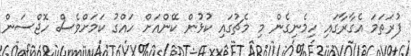
ފުރަތަމަ އެގާރާގައި ހިމެނިގެން މި މެޗުގައި ކުޅުން ކޭންއަށް ހައްގު ކަމަށްވެސް ހޮޖްސަން